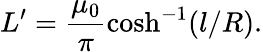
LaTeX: L^{\prime}=\frac{\mu_{0}}{\pi}\cosh^{-1}(l/R).